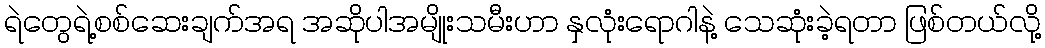
ရဲတွေရဲ့စစ်ဆေးချက်အရ အဆိုပါအမျိုးသမီးဟာ နှလုံးရောဂါနဲ့ သေဆုံးခဲ့ရတာ ဖြစ်တယ်လို့